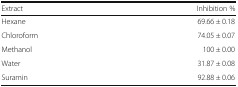
<table><thead><tr><td><b>Extract</b></td><td><b>Inhibition %</b></td></tr></thead><tbody><tr><td>Hexane</td><td>69.66 ± 0.18</td></tr><tr><td>Chloroform</td><td>74.05 ± 0.07</td></tr><tr><td>Methanol</td><td>100 ± 0.00</td></tr><tr><td>Water</td><td>31.87 ± 0.08</td></tr><tr><td>Suramin</td><td>92.88 ± 0.06</td></tr></tbody></table>